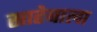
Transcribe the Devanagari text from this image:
साहेबाला